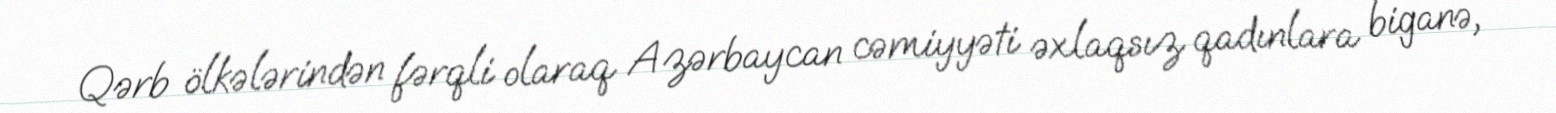
Qərb ölkələrindən fərqli olaraq Azərbaycan cəmiyyəti əxlaqsız qadınlara biganə,